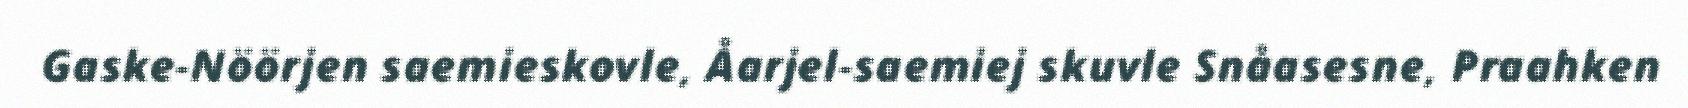
Gaske-Nöörjen saemieskovle, Åarjel-saemiej skuvle Snåasesne, Praahken